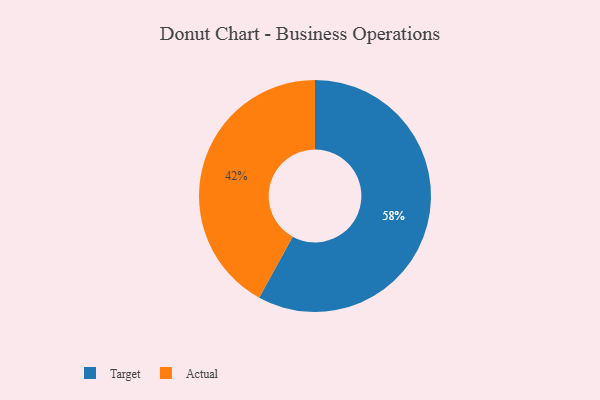
{"axis": {"x": "Category", "y": "Percentage"}, "legend": ["Actual", "Target"], "data": [{"x": "Actual", "y": 42, "type": "Actual"}, {"x": "Target", "y": 58, "type": "Target"}]}